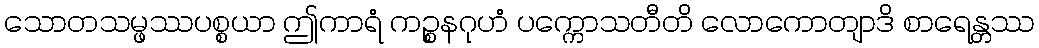
သောတသမ္ဖဿပစ္စယာ ဤကာရံ ကဉ္စနဂုဟံ ပက္ကောသတီတိ လောကောတျာဒိ စာရေန္တဿ